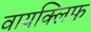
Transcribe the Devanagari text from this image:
वायक्लिफ